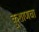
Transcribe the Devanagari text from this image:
कुशाणचा